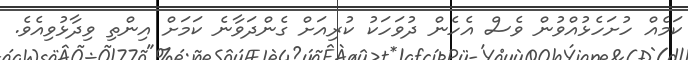
ކަމެއް ހުށަހެޅުއްވުން ވެސް އެހެން ދުވަހަކު ކުރިއަށް ގެންދަވާނެ ކަމަށް އިންތި ވިދާޅުވިއެވެ.